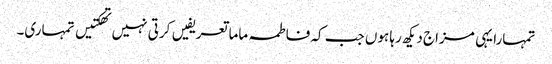
تمہارا یہی مزاج دیکھ رہا ہوں جب کہ فاطمہ ماما تعریفیں کرتی نہیں تھکتیں تمہاری۔